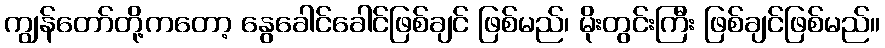
ကျွန်တော်တို့ကတော့ နွေခေါင်ခေါင်ဖြစ်ချင် ဖြစ်မည်၊ မိုးတွင်းကြီး ဖြစ်ချင်ဖြစ်မည်။